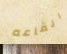
القاعه